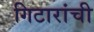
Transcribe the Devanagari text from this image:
गिटारांची